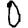
Digit: 0